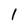
Character: l